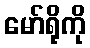
မော်ရိုကို